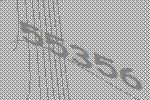
55356